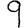
Digit: 9